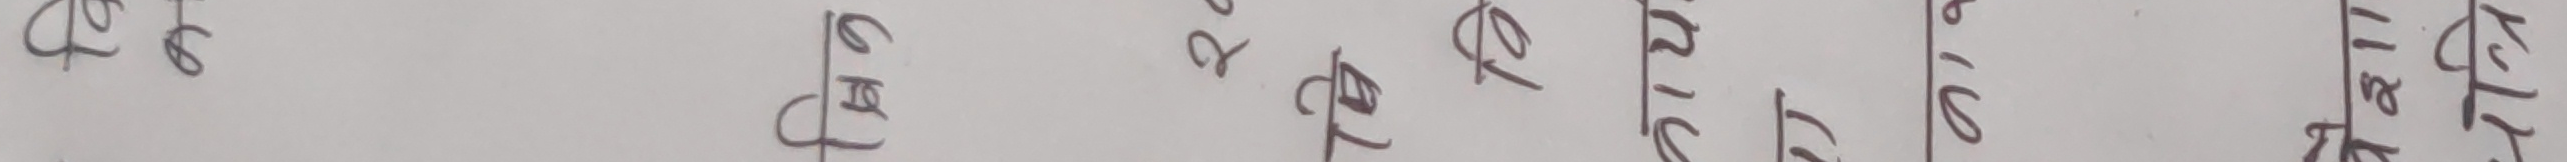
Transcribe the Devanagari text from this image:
कैपटल
११६
२१७
१८
टोटल